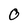
Character: 0